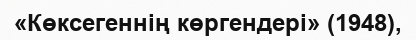
«Көксегеннің көргендері» (1948),